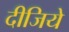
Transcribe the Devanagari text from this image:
दीजिये